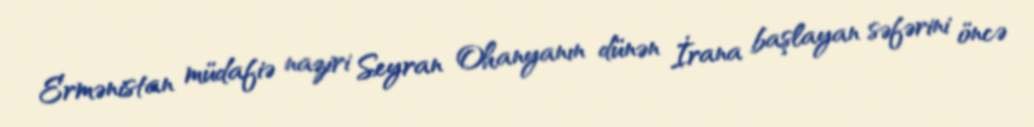
Ermənistan müdafiə naziri Seyran Ohanyanın dünən İrana başlayan səfərini öncə